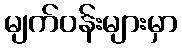
မျက်ဝန်းများမှာ